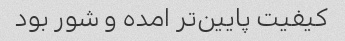
کیفیت پایین‌تر امده و شور بود